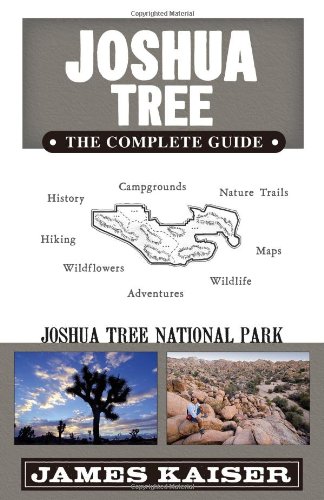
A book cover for Joshua Tree: The Complete Guide: Joshua Tree National Park; Sports & Outdoors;